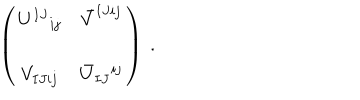
\left( \begin{matrix} { { U ^ { I J } { } _ { i j } } } & { { \bar { V } ^ { I J i j } } } \\ { { V _ { I J i j } } } & { { \bar { U } _ { I J } { } ^ { i j } } } \\ \end{matrix} \right) \ .